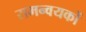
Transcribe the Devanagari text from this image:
समन्वयकों